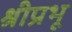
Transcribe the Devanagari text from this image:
श्रीप्रभू